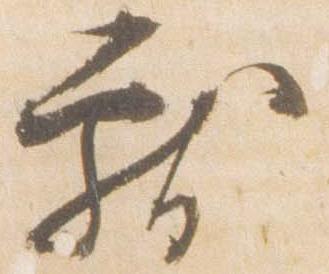
献